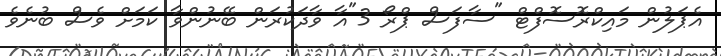
އެޕަލުން މައިކްރޮސޮފްޓް "ސާފަސް ޕްރޯ 3"އާ ވާދަކުރަން ބޭނުންވާ ކަމަށް ވެސް ބުނެވެ